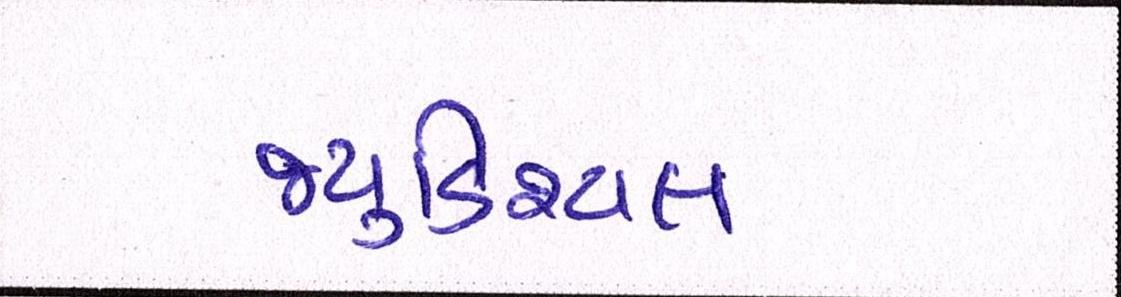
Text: જ્યુડિશ્યલ